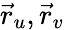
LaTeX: {\vec{r}}_{u},{\vec{r}}_{v}